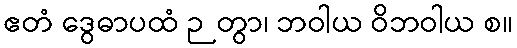
ဧတံ ဒွေဓာပထံ ဉတွာ၊ ဘဝါယ ဝိဘဝါယ စ။